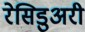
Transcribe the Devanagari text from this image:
रेसिडुअरी